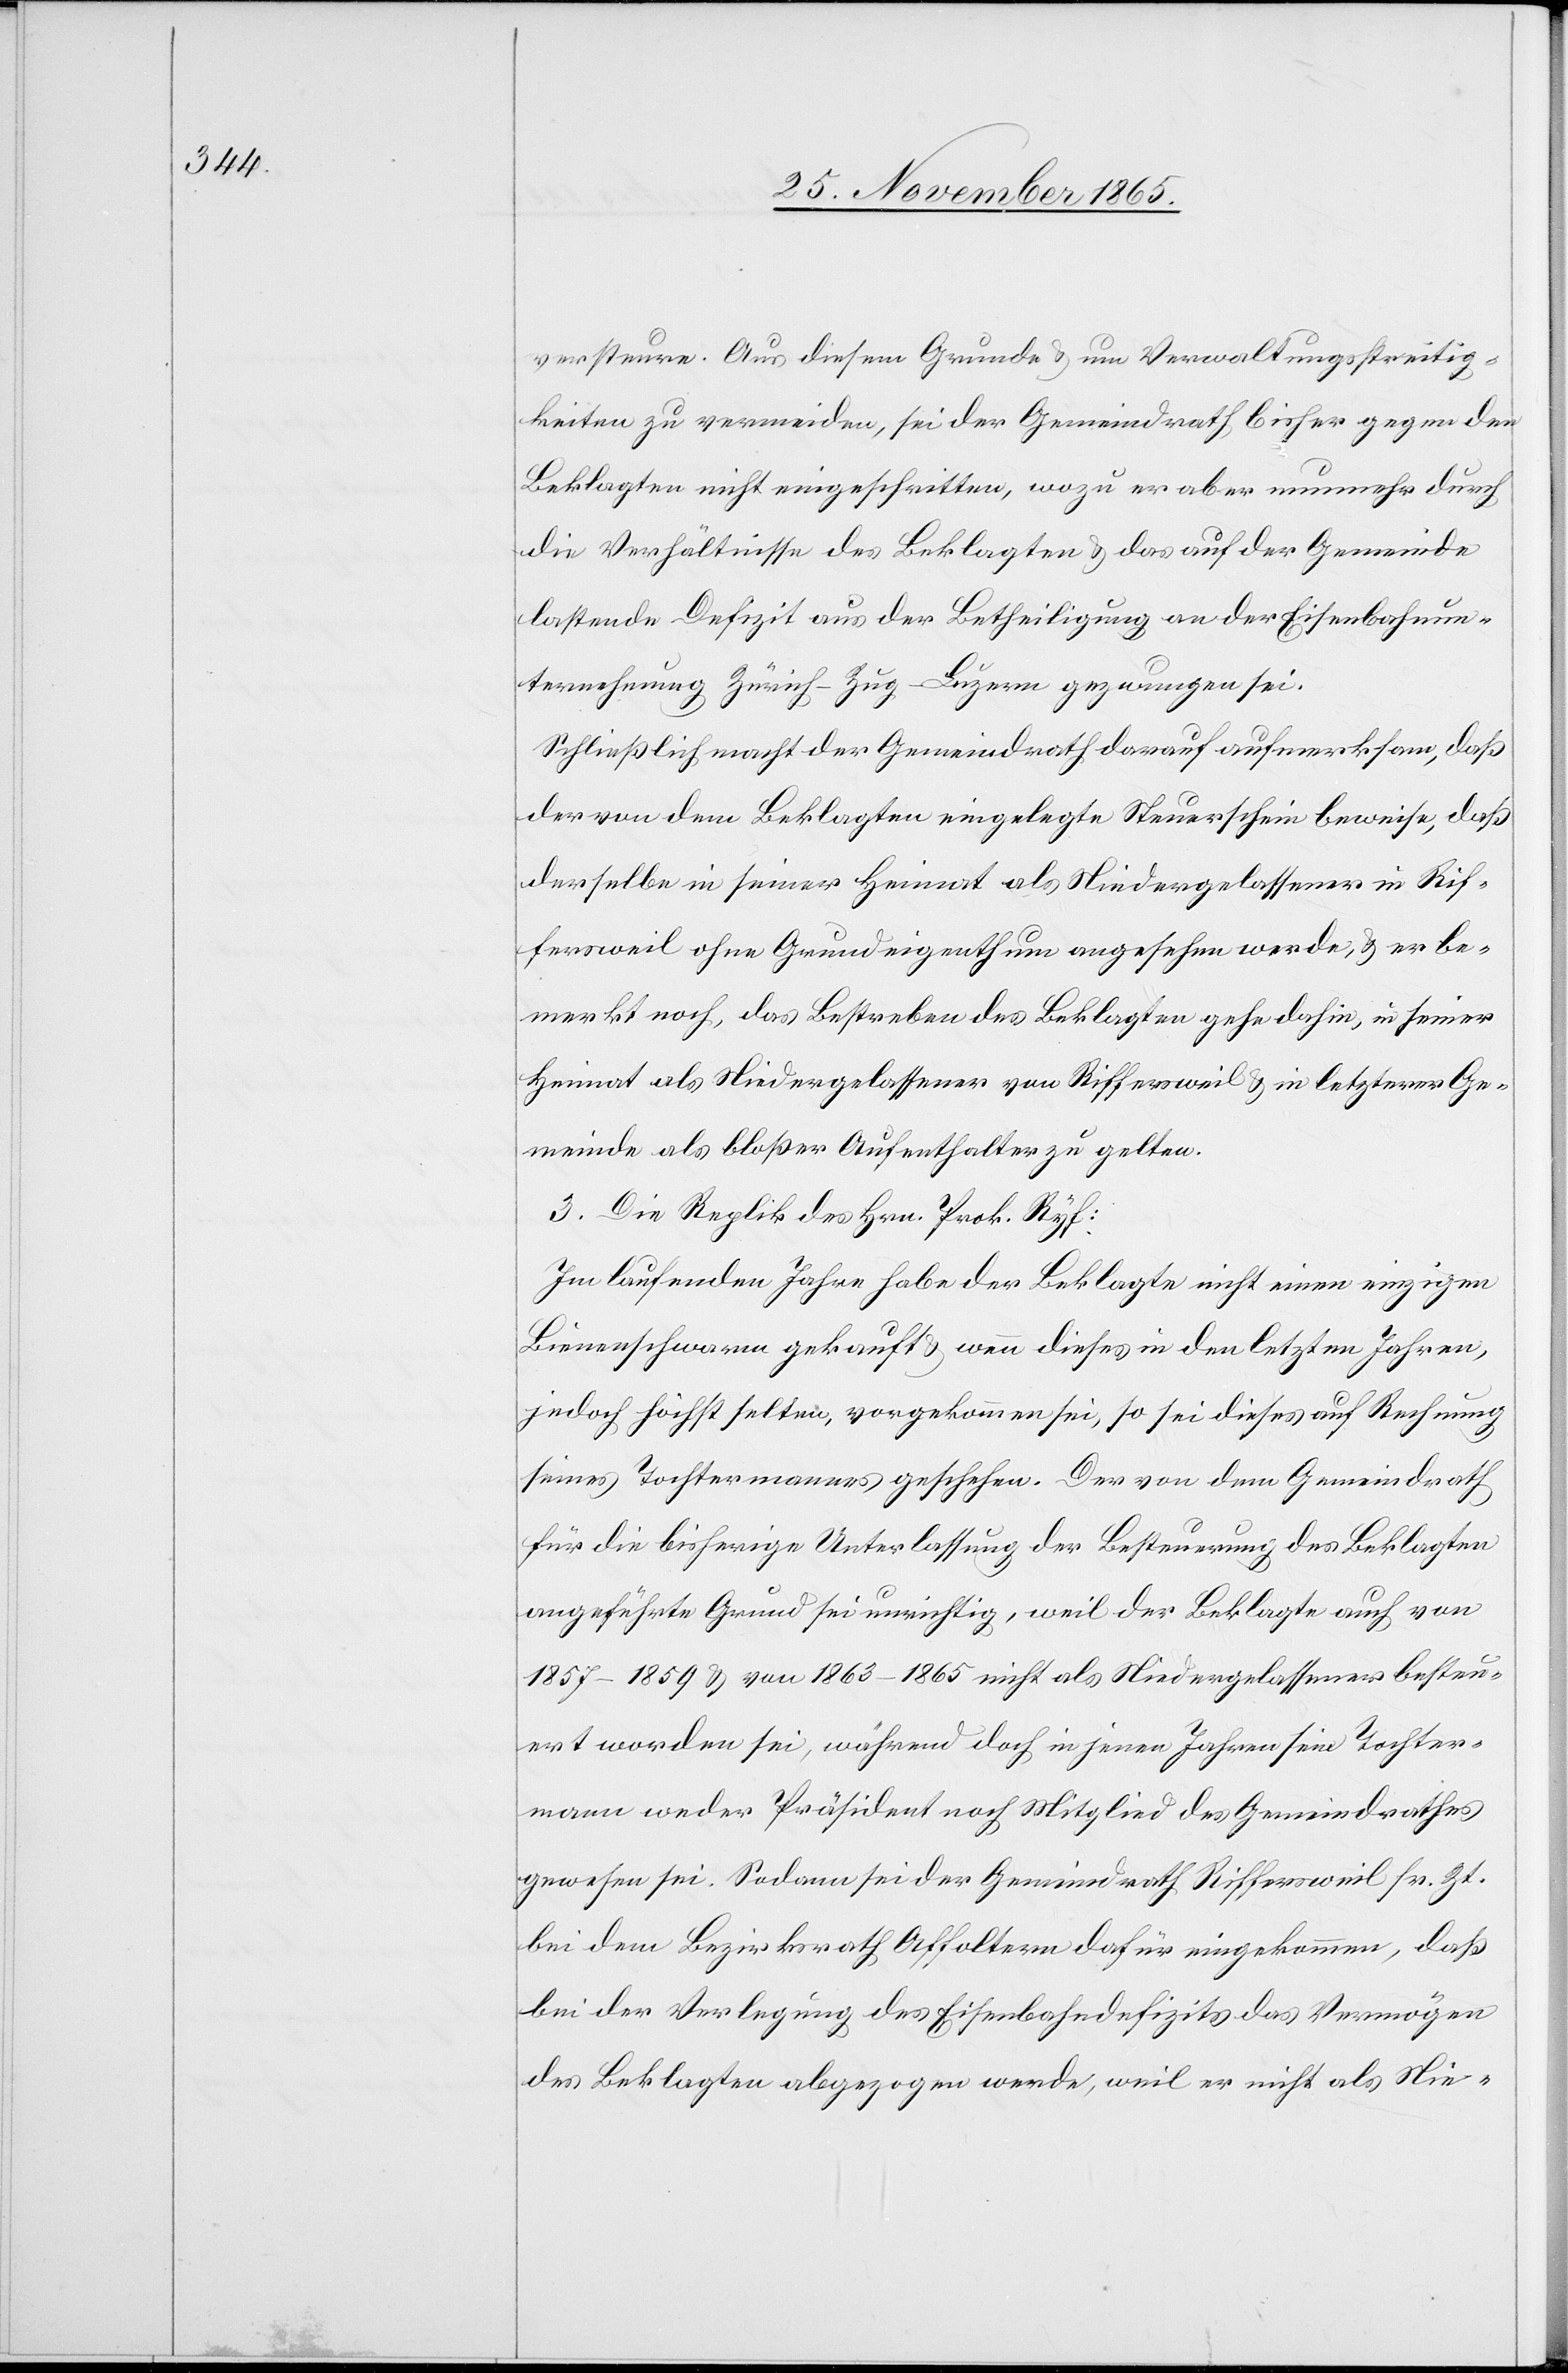
versteuere. Aus diesem Grunde & um Verwaltungsstreitig¬
keiten zu vermeiden, sei der Gemeindrath bisher gegen den
Beklagten nicht eingeschritten, wozu er aber nunmehr durch
die Verhältnisse des Beklagten & das auf der Gemeinde
lastende Defizit aus der Betheiligung an der Eisenbahnun¬
ternehmung Zürich–Zug–Luzern gezwungen sei.
Schließlich macht der Gemeindrath darauf aufmerksam, daß
der von dem Beklagten eingelegte Steuerschein beweise, daß
derselbe in seiner Heimat als Niedergelassener in Rif¬
fersweil ohne Grundeigenthum angesehen werde, & er be¬
merkt noch, das Bestreben des Beklagten gehe dahin, in seiner
Heimat als Niedergelassener von Riffersweil & in letzterer Ge¬
meinde als bloßer Aufenthalter zu gelten.
3. Die Replik des Hrn. Prok. Ryf:
Im laufenden Jahre habe der Beklagte nicht einen einzigen
Bienenschwarm gekauft & wenn dieses in den letzten Jahren,
jedoch höchst selten, vorgekommen sei, so sei dieses auf Rechnung
seines Tochtermannes geschehen. Der von dem Gemeindrath
für die bisherige Unterlassung der Besteuerung des Beklagten
angeführte Grund sei unrichtig, weil der Beklagte auch von
1857–1859 & von 1863–1865 nicht als Niedergelassener besteu¬
ert worden sei, während jedoch in jenen Jahren sein Tochter¬
mann weder Präsident noch Mitglied des Gemeindrathes
gewesen sei. Sodann sei der Gemeindrath Riffersweil sr. Zt.
bei dem Bezirksrath Affoltern dafür eingekommen, daß
bei der Verlegung des Eisenbahndefizits das Vermögen
des Beklagten abgezogen werde, weil er nicht als Nie-